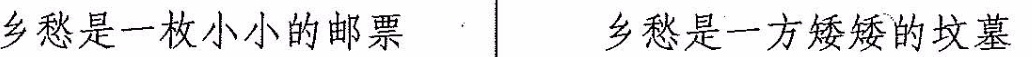
乡愁是一枚小小的邮票 乡愁是一方矮矮的坟墓